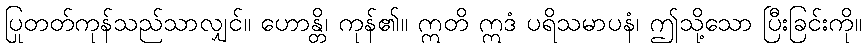
ပြုတတ်ကုန်သည်သာလျှင်။ ဟောန္တိ၊ ကုန်၏။ ဣတိ ဣဒံ ပရိသမာပနံ၊ ဤသို့သော ပြီးခြင်းကို။